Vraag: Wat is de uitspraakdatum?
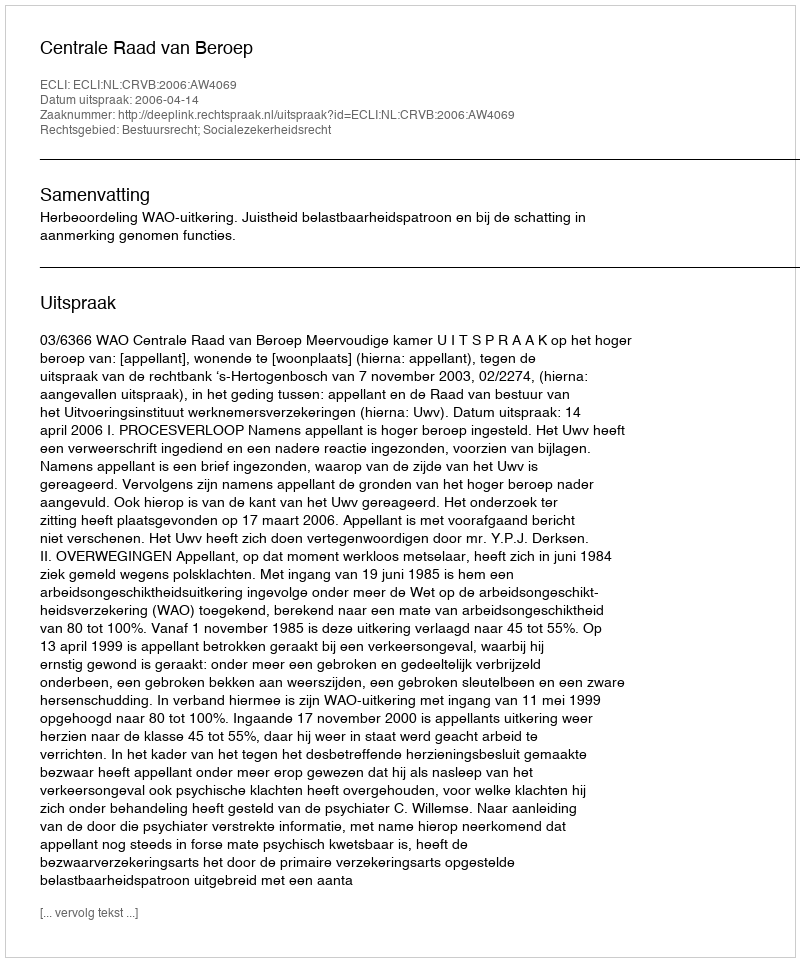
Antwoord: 2006-04-14